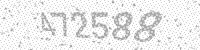
Solution: 472588